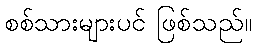
စစ်သားများပင် ဖြစ်သည်။